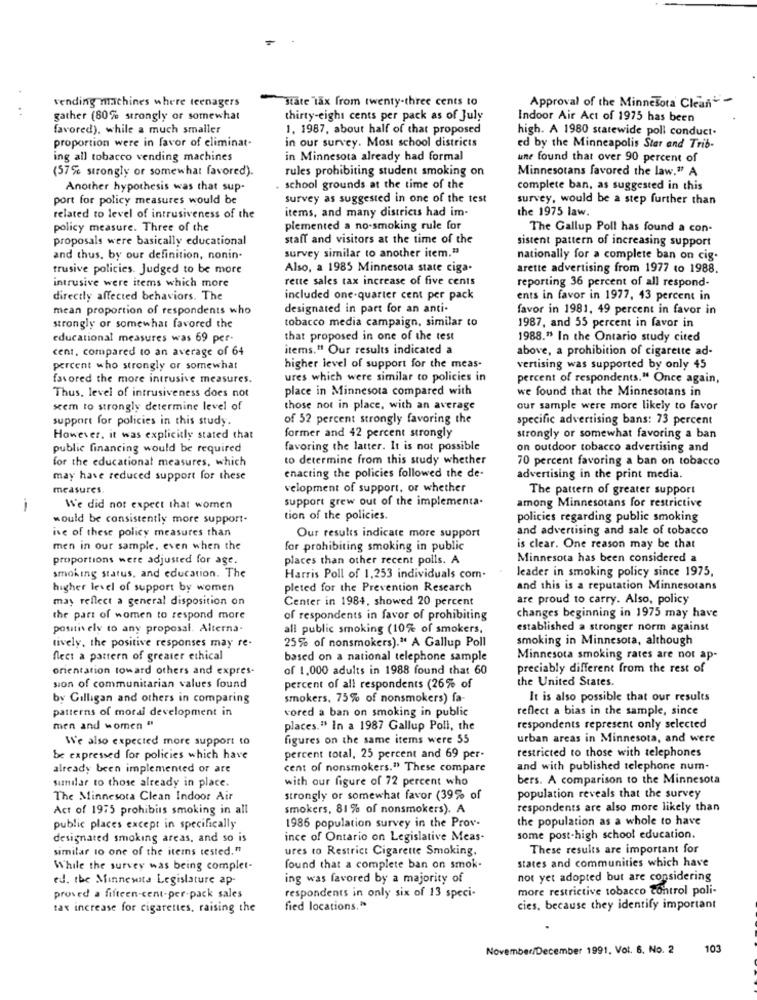
vending machines where teenagers
Approval of the Minnesota Clean
state tax from twenty-three cents to
gather (80% strongly or somewhat
thirty-eight cents per pack as of July
Indoor Air Act of 1975 has been
favored), while a much smaller
1. 1987, about half of that proposed
high. A 1980 statewide poll conduct.
proportion were in favor of eliminat-
in our survey. Most school districts
ed by the Minneapolis Star and Trib-
ing all tobacco vending machines
in Minnesota already had formal
une found that over 90 percent of
(57% strongly or somewhat favored).
rules prohibiting student smoking on
Minnesotans favored the law." A
Another hypothesis was that sup-
. school grounds at the time of the
complete ban, as suggested in this
port for policy measures would be
survey as suggested in one of the test
survey, would be a step further than
items, and many districts had im-
the 1975 law.
related to level of intrusiveness of the
policy measure. Three of the
plemented a no-smoking rule for
The Gallup Poll has found a con-
proposals were basically educational
staff and visitors at the time of the
sistent pattern of increasing support
survey similar to another item."
and thus, by our definition, nonin.
nationally for a complete ban on cig.
trusive policies. Judged to be more
Also, a 1985 Minnesota state ciga.
arette advertising from 1977 to 1988.
intrusive were items which more
rette sales tax increase of five cents
reporting 36 percent of all respond-
directly affected behaviors. The
included one-quarter cent per pack
ents in favor in 1977, 43 percent in
mean proportion of respondents who
designated in part for an anti-
favor in 1981, 49 percent in favor in
tobacco media campaign, similar to
strongly or somewhat favored the
1987, and 55 percent in favor in
educational measures was 69 per-
that proposed in one of the test
1988." In the Ontario study cited
cent, compared to an average of 64
items." Our results indicated a
above, a prohibition of cigarette ad-
percent who strongly or somewhat
higher level of support for the meas-
vertising was supported by only 45
favored the more intrusive measures.
ures which were similar to policies in
percent of respondents." Once again,
place in Minnesota compared with
we found that the Minnesotans in
Thus, level of intrusiveness does not
sem to strongly determine level of
those not in place, with an average
our sample were more likely to favor
support for policies in this study.
of 52 percent strongly favoring the
specific advertising bans: 73 percent
However, it was explicitly stated that
former and 42 percent strongly
strongly or somewhat favoring a ban
public financing would be required
favoring the latter. It is not possible
on outdoor tobacco advertising and
for the educational measures, which
to determine from this study whether
70 percent favoring a ban on tobacco
enacting the policies followed the de-
may have reduced support for these
advertising in the print media.
measures.
velopment of support, or whether
The pattern of greater support
support grew out of the implementa.
-
We did not expect that women
among Minnesotans for restrictive
would be consistently more support-
tion of the policies.
policies regarding public smoking
ive of these policy measures than
and advertising and sale of tobacco
Our results indicate more support
men in our sample. even when the
for prohibiting smoking in public
is clear. One reason may be that
proportions were adjusted for age.
places than other recent polls. A
Minnesota has been considered a
leader in smoking policy since 1975,
smoking status, and education. The
Harris Poll of 1,253 individuals com.
higher level of support by women
pleted for the Prevention Research
and this is a reputation Minnesotans
may reflect a general disposition on
Center in 1984, showed 20 percent
are proud to carry. Also, policy
the part of women to respond more
of respondents in favor of prohibiting
changes beginning in 1975 may have
positiv ely to any proposal. Alterna-
all public smoking (10% of smokers,
established a stronger norm against
tively, the positive responses may re-
25% of nonsmokers)." A Gallup Poll
smoking in Minnesota, although
fleet a pattern of greater ethical
based on a national telephone sample
Minnesota smoking rates are not ap-
orientation toward others and expres-
of 1,000 adults in 1988 found that 60
preciably different from the rest of
the United States.
sion of communitarian values found
percent of all respondents (26% of
by Gilligan and others in comparing
smokers, 75% of nonsmokers) fa-
It is also possible that our results
patterns of moral development in
vored a ban on smoking in public
reflect a bias in the sample, since
men and women "
places." In a 1987 Gallup Poll, the
respondents represent only selected
We also expected more support to
figures on the same items were 55
urban areas in Minnesota, and were
restricted to those with telephones
be expressed for policies which have
percent total, 25 percent and 69 per-
already been implemented or are
cent of nonsmokers." These compare
and with published telephone num-
with our figure of 72 percent who
bers. A comparison to the Minnesota
similar to those already in place.
population reveals that the survey
The Minnesota Clean Indoor Air
strongly or somewhat favor (39% of
Act of 1975 prohibits smoking in all
smokers, 81 % of nonsmokers). A
respondents are also more likely than
the population as a whole to have
public places except in specifically
1986 population survey in the Prov-
designated smoking areas, and so is
ince of Ontario on Legislative Meas-
some post-high school education.
similar to one of the items tested."
ures to Restrict Cigarette Smoking.
These results are important for
states and communities which have
While the survey was being complet-
found that a complete ban on smok-
ed. the Minnesota Legislature ap
ing was favored by a majority of
not yet adopted but are considering
more restrictive tobacco control poli-
proved a fifteen-cent-per-pack sales
respondents in only six of 13 speci-
tax increase for cigarettes, raising the
fied locations."
cies, because they identify important
November/December 1991, Vot. 6. No. 2
103